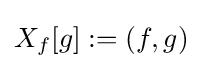
X_{f}[g]:=(f,g)